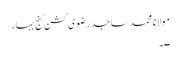
مولانا محمد ساجد رضوی کشن گنج بہار
۷۔